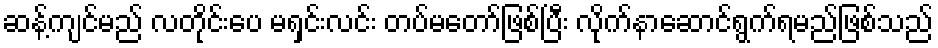
ဆန့်ကျင်မည် လတိုင်းပေ မရှင်းလင်း တပ်မတော်ဖြစ်ပြီး လိုက်နာဆောင်ရွက်ရမည်ဖြစ်သည်